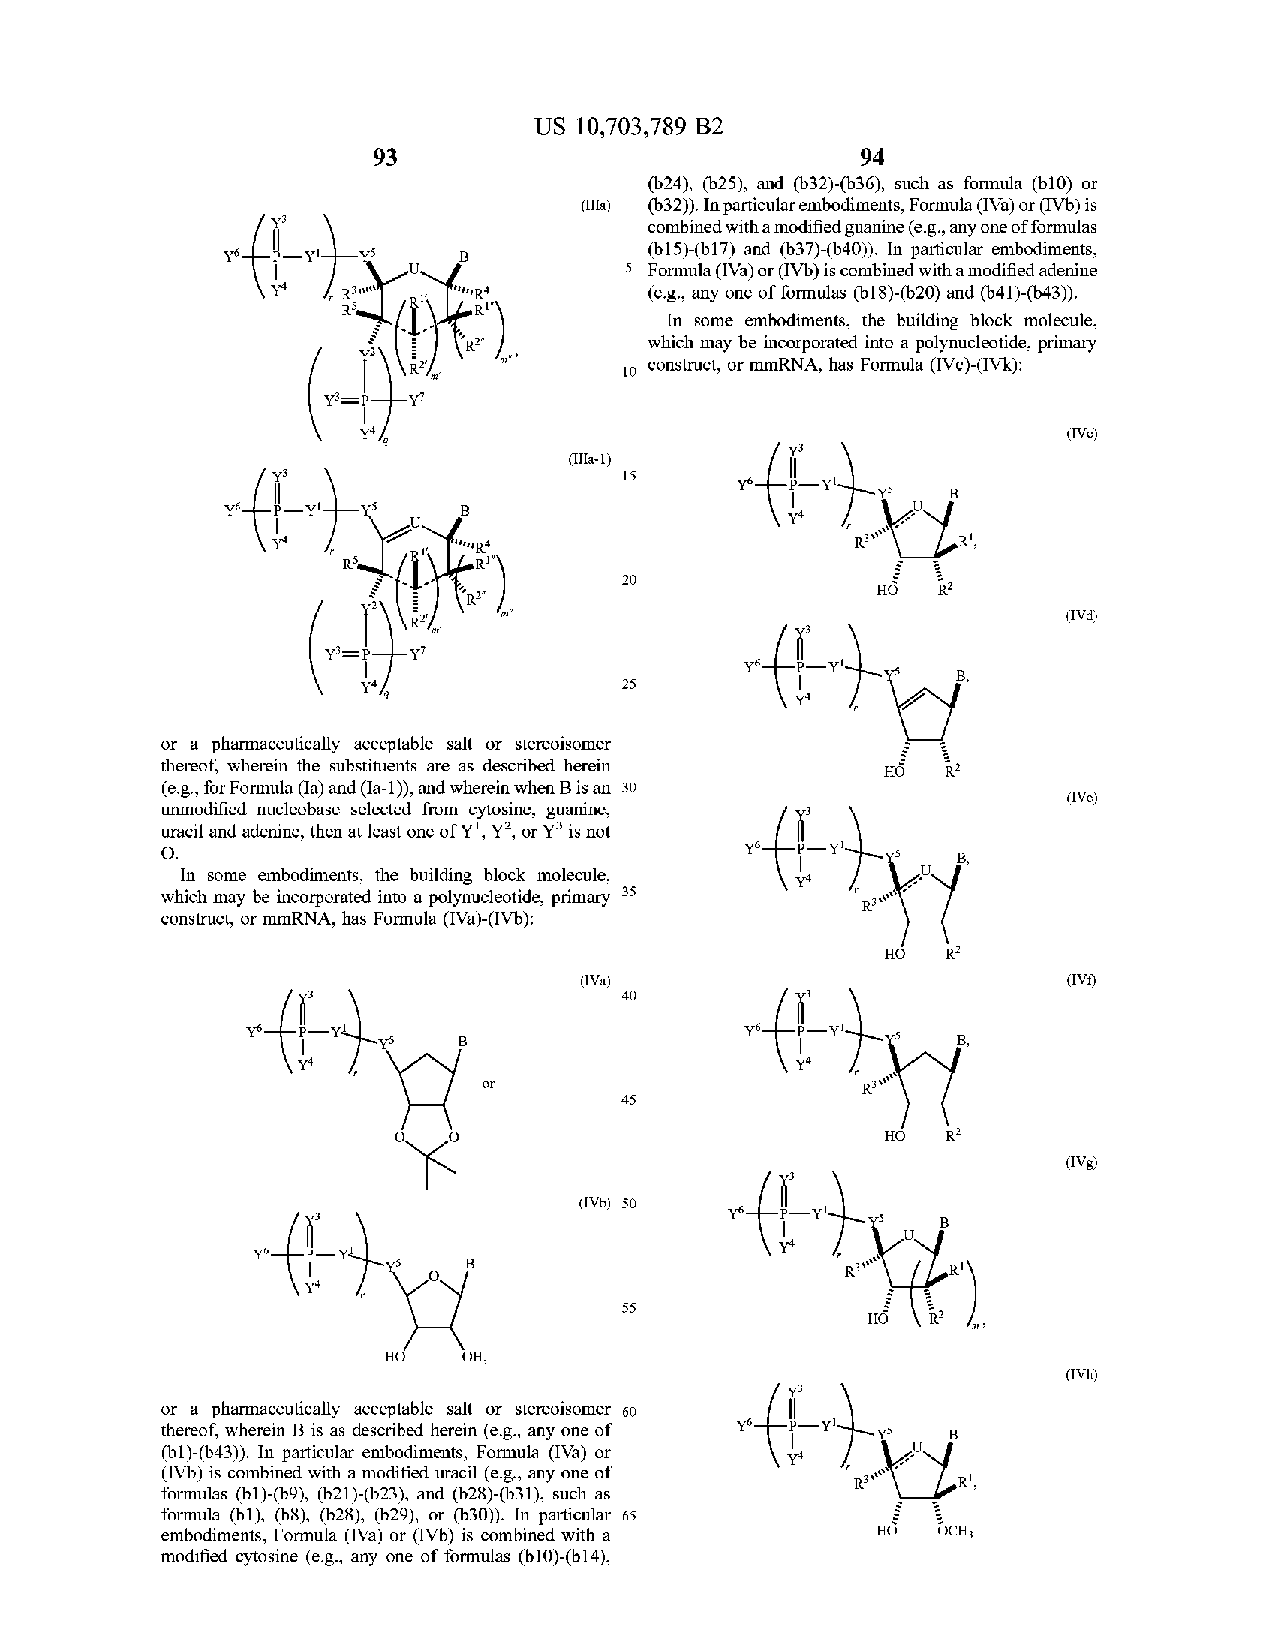
US 10,703,789 B2
 93                              94
 (b 24 ), (b 25 ) , and (b 32 ) - (b 36 ) , such as formula (b 10 ) or
 ( IIIa ) (b 32 )) . In particular embodiments , Formula ( IVa ) or (I Vb ) is
 combined with a modified guanine ( e.g., any one of formulas
 (b 15 ) - (b 17 ) and (b 37) - (6 40 ) ) . In particular embodiments ,
 Y6.  -Yl.       ?.
 5 Formula ( IVA ) or ( IVb ) is combined with a modified adenine
 —
 Y4  R311     " R4        ( e.g., any one of formulas (b 18 )- (b 20 ) and (b 41 )- (b 43 ) ).
 RS
 In some embodiments , the building block molecule ,
 which may be incorporated into a polynucleotide, primary
 construct, or mmRNA , has Formula ( IVC) - (I Vk ):
 10
 m '
 that
 Y = P -Y7
 Y4                                             ( IVC )
 4
 ( IIIa - 1 )
 15      ?6.
 ?6.             B
 O
 RS                         titud
 20
 ( IVd)
 Y = P Y7
 Y6
 25
 or a pharmaceutically acceptable saltor stereoisomer Onur
 thereof, wherein the substituents are as described herein
 ( e.g. , for Formula ( la ) and ( Ia -1 ) ), and wherein when B is an 30
 unmodified nucleobase selected from cytosine , guanine, f   ( IVe)
 uracil and adenine , then at least one of Y !, Y ?, or Y? is not
 Y.
 0 .                                             75
 B ,
 In some embodiments , the building block molecule ,
 Y4
 which may be incorporated into a polynucleotide, primary 35 R300
 construct , or mmRNA , has Formula ( IVA )- ( I Vb ):
 HO  R2
 7
 (I V )                           (I V )
 40
 ?? .                            Y6
 B                            Y5  B.
 Y4                               Y4  R31117
 or
 45
 HO  R2
 ( IVg )
 (I Vb ) 50
 ?6.       Y5 to B
 ?6.                                Y4  R311111
 B
 Y4
 55
 HO
 HO   ?? ,
 (I Vh )
 a pharmaceutically acceptable salt or stereoisomer 60
 or
 thereof, wherein B is as described herein ( e.g., any one of ?6.
 B
 (6 1) - (b 43 )) . In particular embodiments , Formula ( IVa ) or
 Y4
 (I Vb ) is combined with a modified uracil ( e.g. , any one of Rum
 R !,
 formulas (b 1) - (6 9 ), (b 21 )- (b 23) , and (b 28 ) -( 6 31) , such as
 formula (b 1) , (b 8 ), (b 28 ), (b 29) , or (b 30 )) . In particular 65
 embodiments , Formula (I VA ) or (I Vb) is combined with a HO OCH3
 modified cytosine ( e.g. , any one of formulas (b 10 ) - (b 14 ) ,